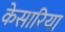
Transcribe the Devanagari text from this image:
केसारिया